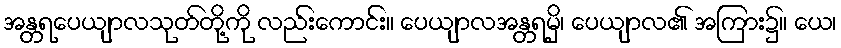
အန္တရပေယျာလသုတ်တို့ကို လည်းကောင်း။ ပေယျာလအန္တရမှိ၊ ပေယျာလ၏ အကြား၌။ ယေ၊